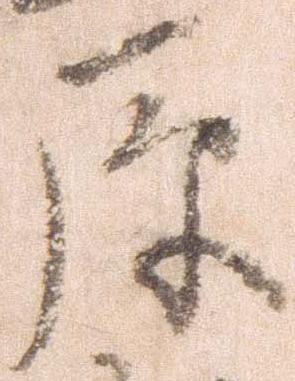
原